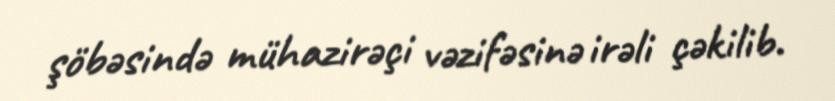
şöbəsində mühazirəçi vəzifəsinə irəli çəkilib.